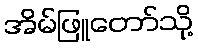
အိမ်ဖြူတော်သို့